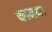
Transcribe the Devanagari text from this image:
कामथ।